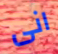
انى